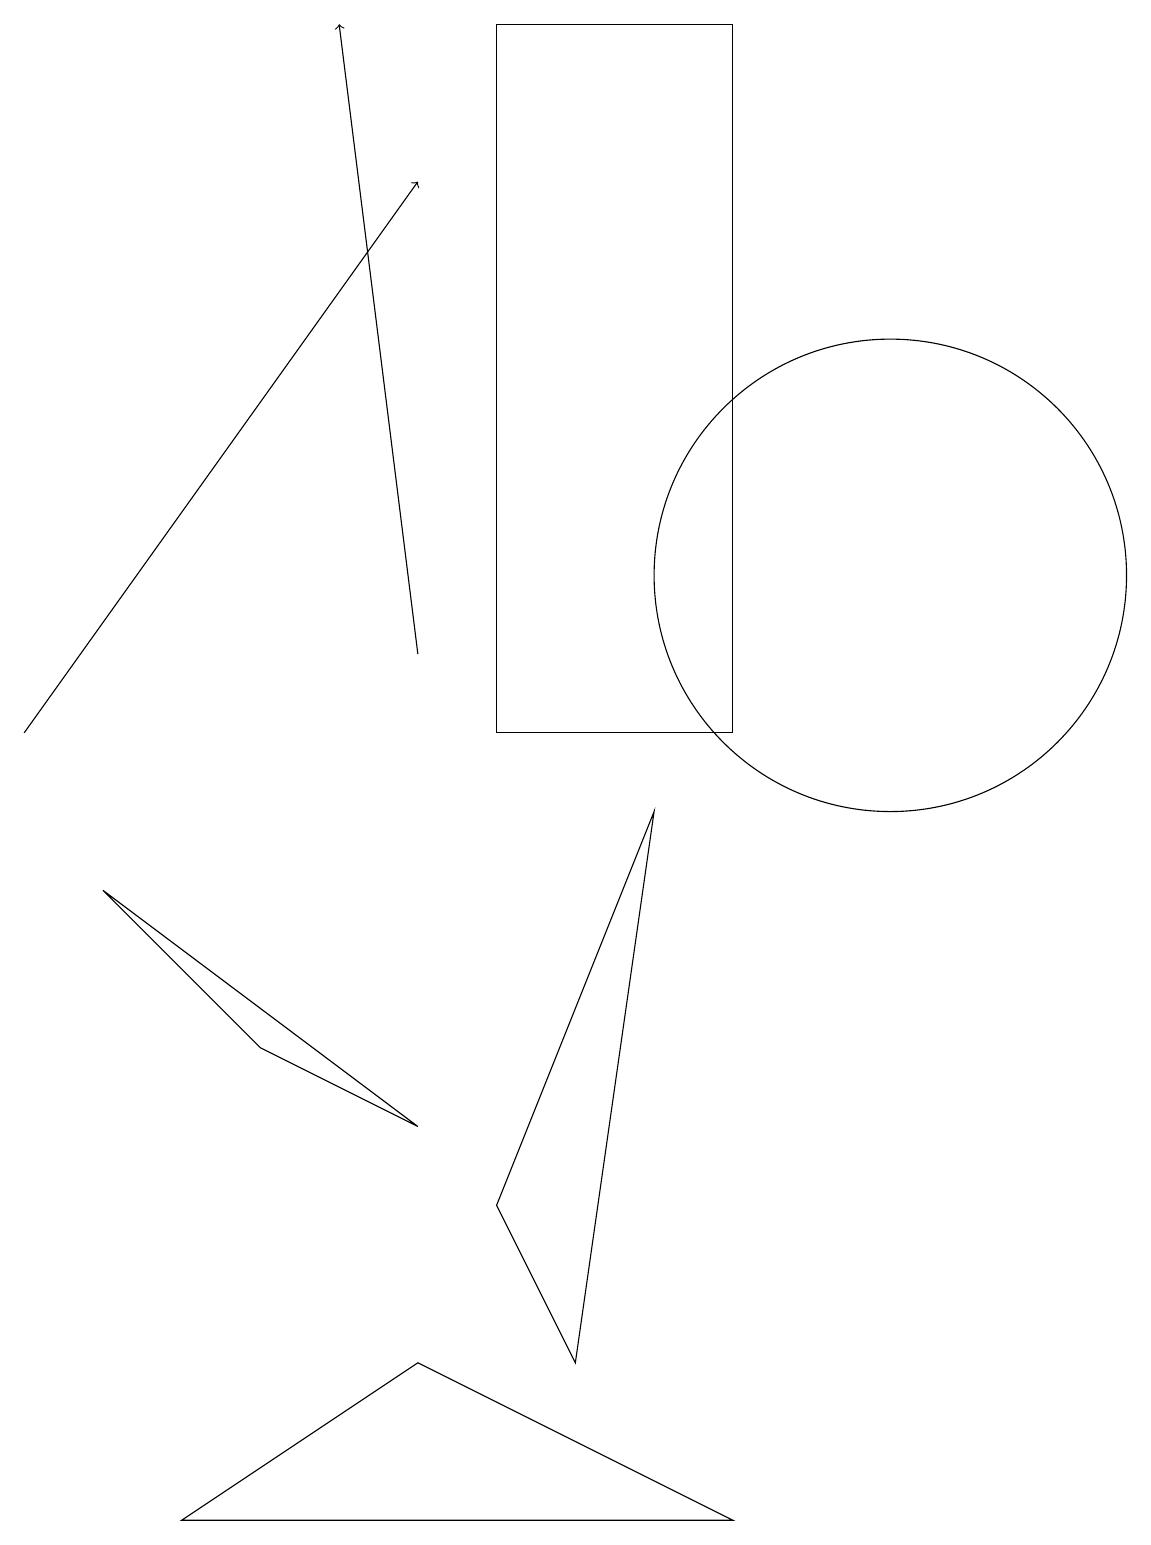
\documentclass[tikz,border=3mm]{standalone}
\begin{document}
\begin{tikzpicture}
\draw[->] (5,11) -- (4,19);
\draw (10,10) circle (0);
\draw (6,4) -- (8,9) -- (7,2) -- cycle;
\draw (3,6) -- (5,5) -- (1,8) -- cycle;
\draw (9,19) rectangle (6,10);
\draw[->] (0,10) -- (5,17);
\draw (11,12) circle (3);
\draw (2,0) -- (5,2) -- (9,0) -- cycle;
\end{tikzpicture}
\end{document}